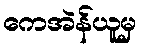
ကေအဲန်ယူမှ